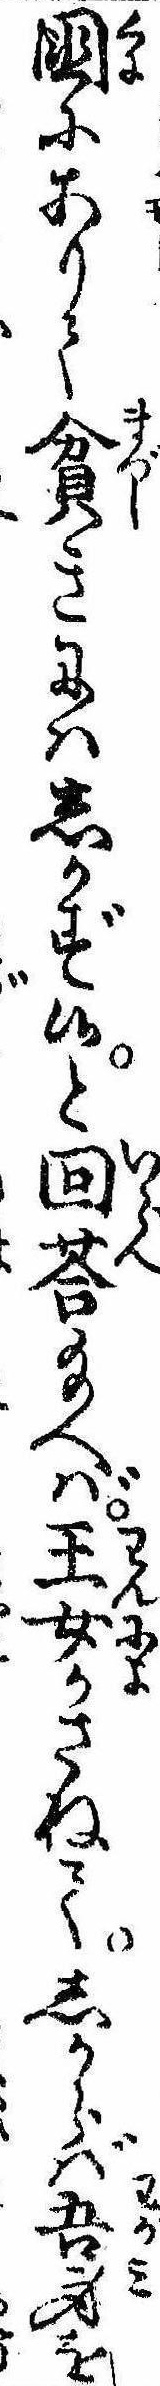
国にありて貧きにはしかず侯と回答給へば王女かさねてしからば吾身を